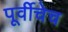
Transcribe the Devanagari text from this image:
पूर्वीचेच